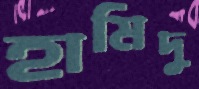
হামিদু